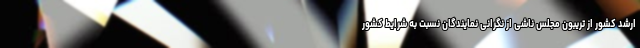
ارشد کشور از تریبون مجلس ناشی از نگرانی نمایندگان نسبت به شرایط کشور